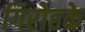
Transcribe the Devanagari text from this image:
गिरोहके